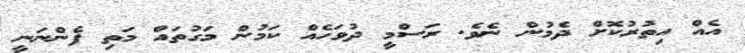
އެއް އިތުރުކޮށް ދެމުން ނެވެ. ރަސްމީ ދުވަހެއް ކަމުން މަގުތައް މަތި ފެންނަނީ